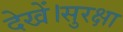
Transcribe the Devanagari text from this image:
देखें।सुरक्षा